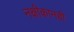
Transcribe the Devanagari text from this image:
नक्षीकामही